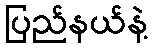
ပြည်နယ်နဲ့